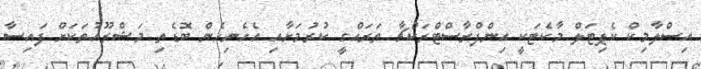
އިސްލާމިކް ކެޕިޓަލް މާކެޓަކީ އިންފްރާސްޓްރަކްޗާ ތަރައްގީ ކުރުމަށާއި އެހެނިހެން ބޮޑެތި މަޝްރޫއުތަކަށް ފައިސާ